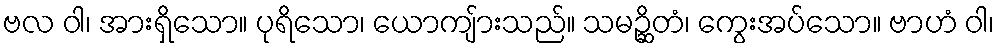
ဗလ ဝါ၊ အားရှိသော။ ပုရိသော၊ ယောကျ်ားသည်။ သမဉ္ဆိတံ၊ ကွေးအပ်သော။ ဗာဟံ ဝါ၊